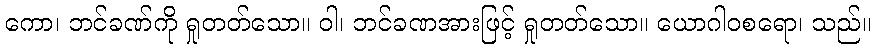
ကော၊ ဘင်ခဏ်ကို ရှုတတ်သော။ ဝါ၊ ဘင်ခဏအားဖြင့် ရှုတတ်သော။ ယောဂါဝစရော၊ သည်။